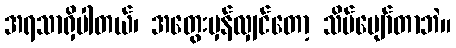
အရသာရှိပါတယ်၊ အတွေးမှန်လျှင်တော့ သိပ်ပျော်တာဘဲ။